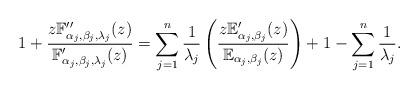
LaTeX: \begin{align*}1+\frac{z\mathbb{F}_{\alpha _{j},\beta _{j},\lambda _{j}}^{\prime \prime }(z)}{\mathbb{F}_{\alpha _{j},\beta _{j},\lambda _{j}}^{\prime }(z)}=\sum_{j=1}^{n}\frac{1}{\lambda _{j}}\left( \frac{z\mathbb{E}_{\alpha_{j},\beta _{j}}^{\prime }(z)}{\mathbb{E}_{\alpha _{j},\beta _{j}}(z)}\right) +1-\sum_{j=1}^{n}\frac{1}{\lambda _{j}}. \end{align*}